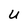
Character: U